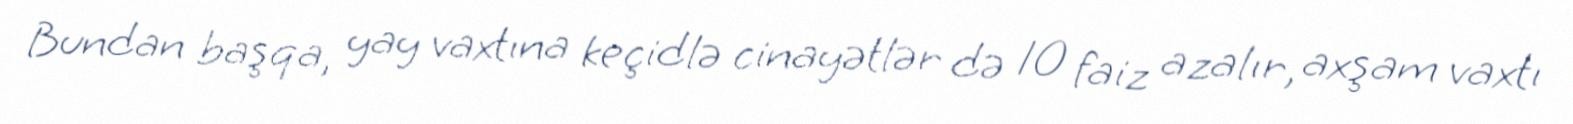
Bundan başqa, yay vaxtına keçidlə cinayətlər də 10 faiz azalır, axşam vaxtı